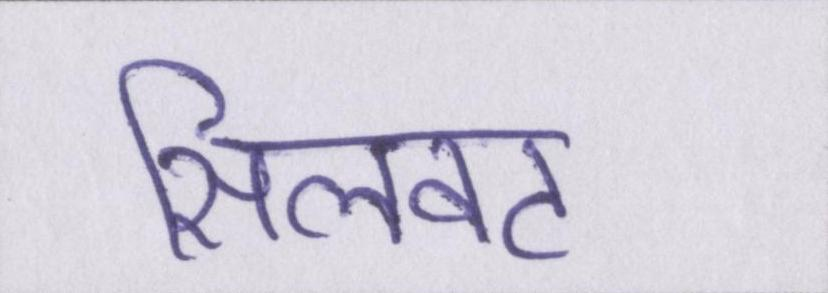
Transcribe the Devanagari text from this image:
सिलवट